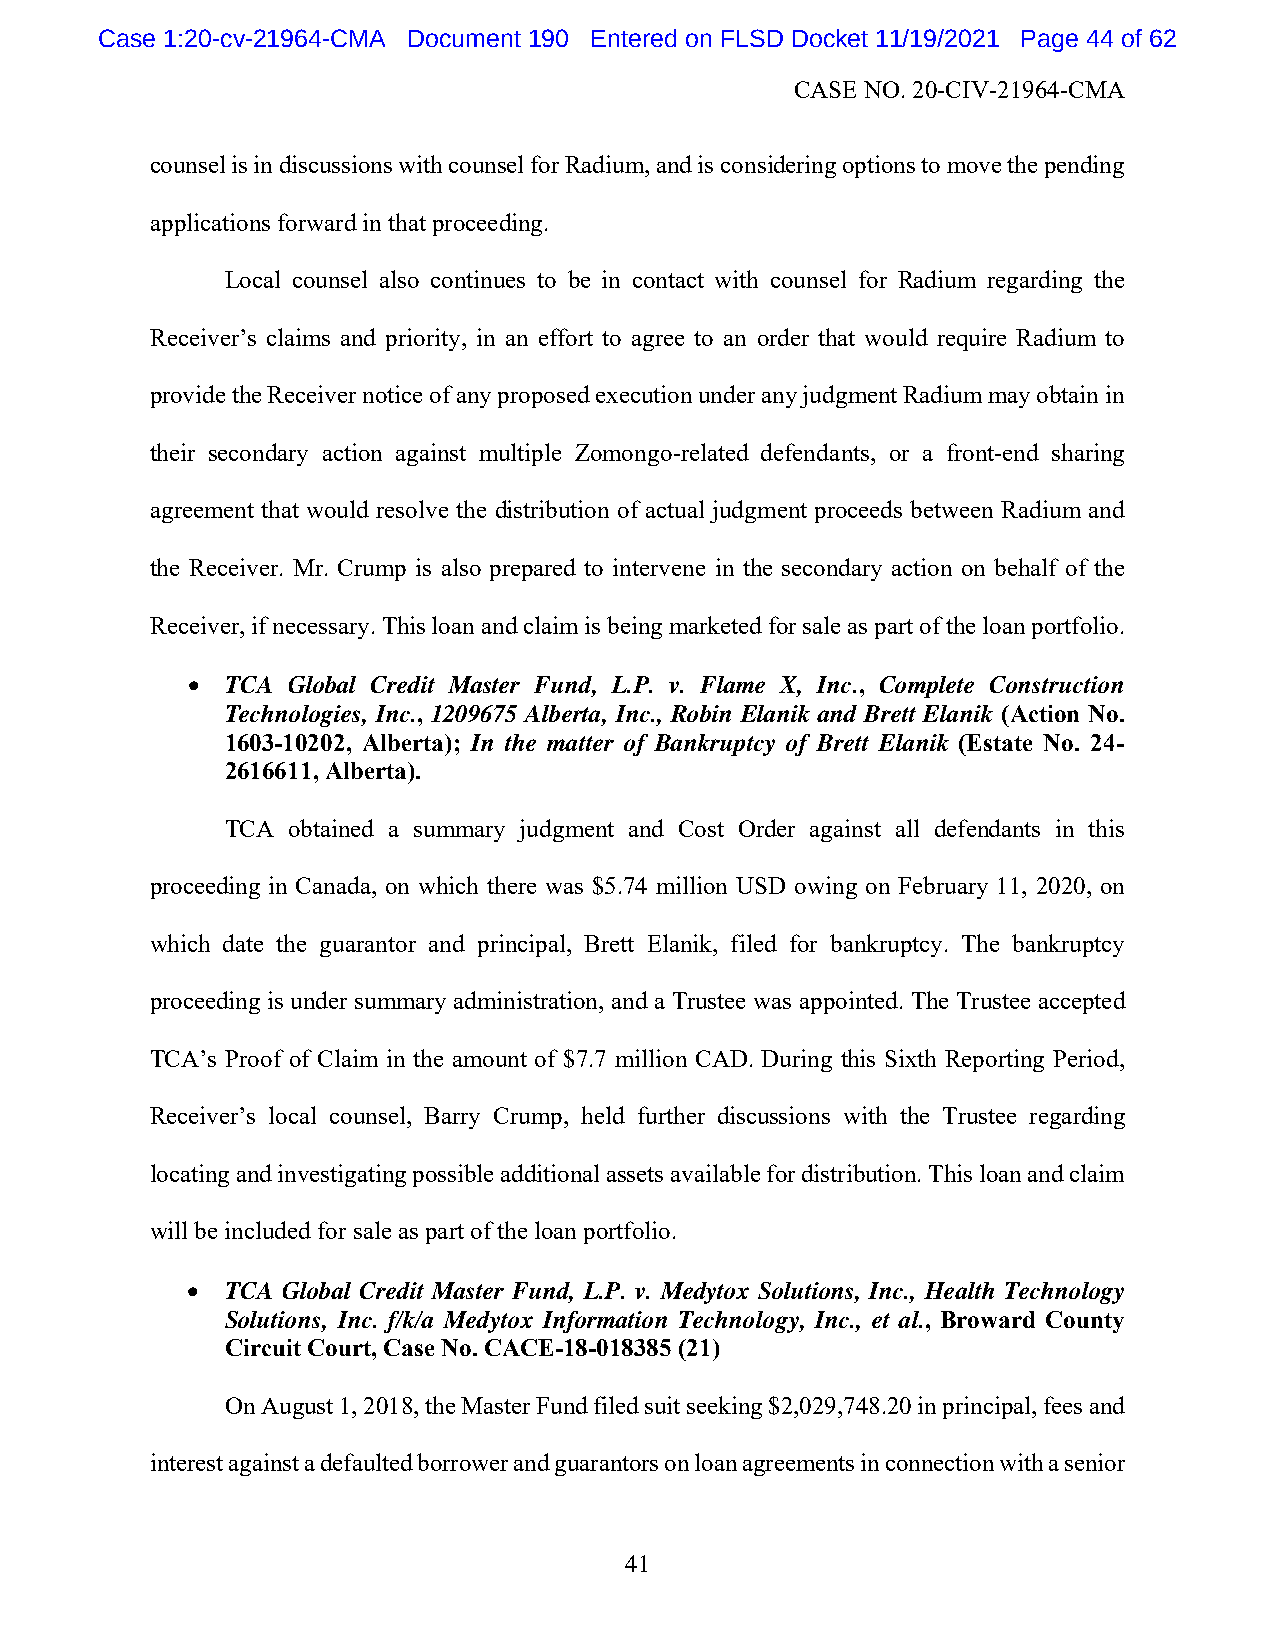
Case 1:20-cv-21964-CMA Document 190 Entered on FLSD Docket 11/19/2021 Page 44 of 62
 CASE NO. 20-CIV-21964-CMA
 counsel is in discussions with counsel for Radium, and is considering options to move the pending
 applications forward in that proceeding.
 Local counsel also continues to be in contact with counsel for Radium regarding the
 Receiver’s claims and priority, in an effort to agree to an order that would require Radium to
 provide the Receiver notice of any proposed execution under any judgment Radium may obtain in
 their secondary action against multiple Zomongo-related defendants, or a front-end sharing
 agreement that would resolve the distribution of actual judgment proceeds between Radium and
 the Receiver. Mr. Crump is also prepared to intervene in the secondary action on behalf of the
 Receiver, if necessary. This loan and claim is being marketed for sale as part of the loan portfolio.
   TCA Global Credit Master Fund, L.P. v. Flame X, Inc., Complete Construction
 Technologies, Inc., 1209675 Alberta, Inc., Robin Elanik and Brett Elanik (Action No.
 1603-10202, Alberta); In the matter of Bankruptcy of Brett Elanik (Estate No. 24-
 2616611, Alberta).
 TCA obtained a summary judgment and Cost Order against all defendants in this
 proceeding in Canada, on which there was $5.74 million USD owing on February 11, 2020, on
 which date the guarantor and principal, Brett Elanik, filed for bankruptcy. The bankruptcy
 proceeding is under summary administration, and a Trustee was appointed. The Trustee accepted
 TCA’s Proof of Claim in the amount of $7.7 million CAD. During this Sixth Reporting Period,
 Receiver’s local counsel, Barry Crump, held further discussions with the Trustee regarding
 locating and investigating possible additional assets available for distribution. This loan and claim
 will be included for sale as part of the loan portfolio.
   TCA Global Credit Master Fund, L.P. v. Medytox Solutions, Inc., Health Technology
 Solutions, Inc. f/k/a Medytox Information Technology, Inc., et al., Broward County
 Circuit Court, Case No. CACE-18-018385 (21)
 On August 1, 2018, the Master Fund filed suit seeking $2,029,748.20 in principal, fees and
 interest against a defaulted borrower and guarantors on loan agreements in connection with a senior
 41